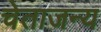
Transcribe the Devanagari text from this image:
चेताजन्य